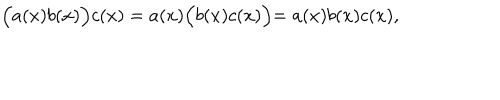
LaTeX: \Bigl ( a ( x ) b ( x ) \Bigl ) c ( x ) = a ( x ) \Bigl ( b ( x ) c ( x ) \Bigl ) = a ( x ) b ( x ) c ( x ) ,